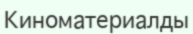
Киноматериалды